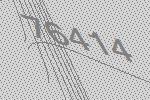
76414